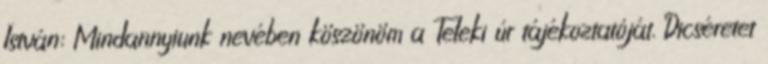
István: Mindannyiunk nevében köszönöm a Teleki úr tájékoztatóját. Dicséretet